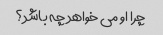
چرا او می خواهد چه باشد؟